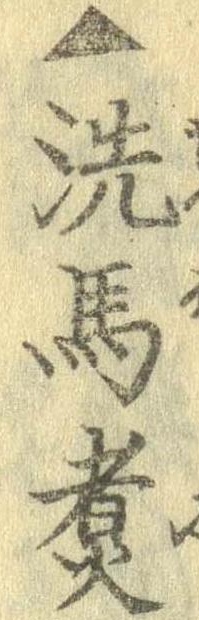
▲洗馬煮